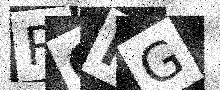
Text: RCIG